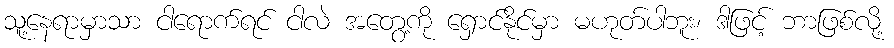
သူ့နေရာမှာသာ ငါရောက်ရင် ငါလဲ အတွေ့ကို ရှောင်နိုင်မှာ မဟုတ်ပါဘူး၊ ဒါဖြင့် ဘာဖြစ်လို့